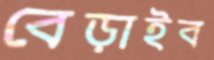
বেড়াইব